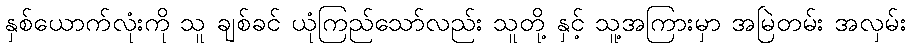
နှစ်ယောက်လုံးကို သူ ချစ်ခင် ယုံကြည်သော်လည်း သူတို့ နှင့် သူ့အကြားမှာ အမြဲတမ်း အလှမ်း